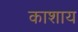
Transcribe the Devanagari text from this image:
काशाय